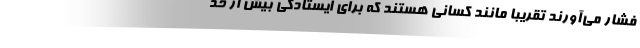
فشار می‌آورند تقریباً مانند کسانی هستند که برای ایستادگی بیش از حد